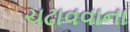
ચઢાવવાના